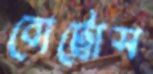
বোট্রোস